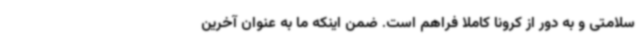
سلامتی و به دور از کرونا کاملا فراهم است. ضمن اینکه ما به عنوان آخرین